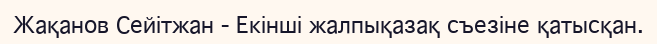
Жақанов Сейітжан - Екінші жалпықазақ съезіне қатысқан.